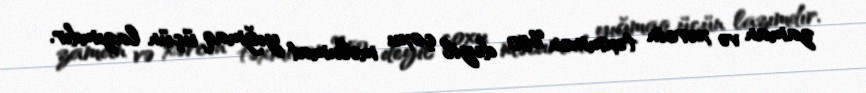
zaman və xərcin təxminən %50 deyil çoxu məlumat yığmaq üçün lazımdır.